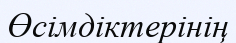
Өсімдіктерінің